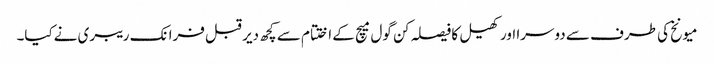
میونخ کی طرف سے دوسرا اور کھیل کا فیصلہ کن گول میچ کے اختتام سے کچھ دیر قبل فرانک ریبری نےکیا۔